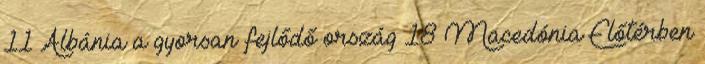
11 Albánia a gyorsan fejlődő ország 18 Macedónia Előtérben